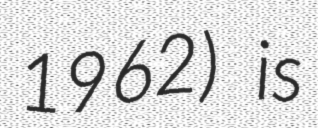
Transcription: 1962) is